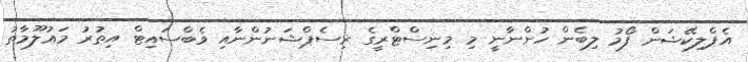
އެޕްލިކޭޝަން ފޯމު ލިބެން ހުންނާނީ މި މިނިސްޓްރީގެ ރިސެޕްޝަނުންނާއި ވެބްސައިޓް އިތުރު މަޢުލޫމާތު